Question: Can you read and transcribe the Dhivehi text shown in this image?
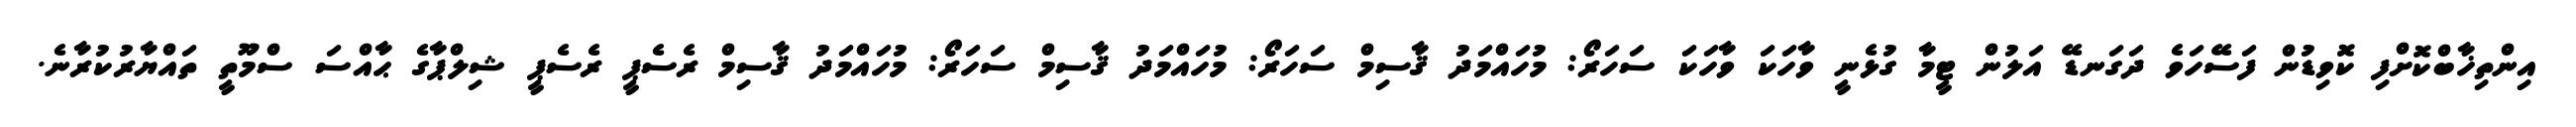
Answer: އިންތިޚާބްކޮށްފި ކޮވިޑުން ފަސޭހަވެ ދަގަނޑޭ އަލުން ޓީމާ ގުޅެނީ ވާހަކަ ވާހަކަ ސަހަރޯ: މުހައްމަދު ޤާސިމް ސަހަރޯ: މުހައްމަދު ޤާސިމް ސަހަރޯ: މުހައްމަދު ޤާސިމް ރެސެޕީ ރެސެޕީ ޝިލްޕާގެ ޙާއްސަ ސްމޫތީ ތައްޔާރުކުރާނެ.